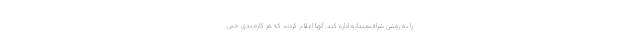
را به روشی شرافتمندانه اداره کند. آنها اعلام کردند که هر کارمندی حتی